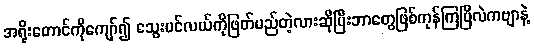
အရိုးတောင်ကိုကျော်၍ သွေးပင်လယ်ကိုဖြတ်မည်တဲ့လားဆိုပြီးဘာတွေဖြစ်ကုန်ကြပြီလဲကဗျာနဲ့